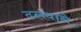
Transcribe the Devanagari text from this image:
ढलवाने